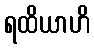
ရထိယာဟိ